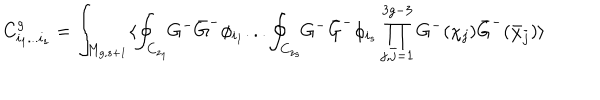
LaTeX: C _ { i _ { 1 } . . . i _ { s } } ^ { g } = \int _ { M _ { g , s + 1 } } \langle \oint _ { C _ { z _ { 1 } } } \! \! G ^ { - } { \bar { G } } ^ { - } \phi _ { i _ { 1 } } . . . \oint _ { C _ { z _ { s } } } \! \! G ^ { - } { \bar { G } } ^ { - } \phi _ { i _ { s } } \prod _ { j , { \bar { j } } = 1 } ^ { 3 g - 3 } G ^ { - } ( \chi _ { j } ) { \bar { G } } ^ { - } ( { \bar { \chi } } _ { \bar { j } } ) \rangle